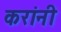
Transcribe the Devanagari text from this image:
करांनी